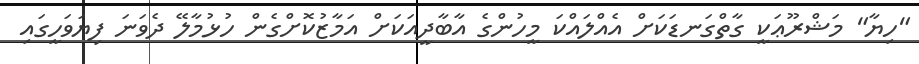
"ހިޔާ" މަޝްރޫޢަކީ ގާތްގަނޑަކަށް އެއްލައްކަ މީހުންގެ އާބާދީއަކަށް އަމާޒުކޮށްގެން ހުޅުމާލޭ ދެވަނަ ފިޔަވަހީގައި